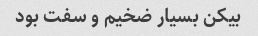
بیکن بسیار ضخیم و سفت بود